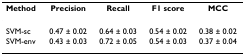
<table><thead><tr><td><b>Method</b></td><td><b>Precision</b></td><td><b>Recall</b></td><td><b>F1 score</b></td><td><b>MCC</b></td></tr></thead><tbody><tr><td>SVM-sc</td><td>0.47 ± 0.02</td><td>0.64 ± 0.03</td><td>0.54 ± 0.02</td><td>0.38 ± 0.02</td></tr><tr><td>SVM-env</td><td>0.43 ± 0.03</td><td>0.72 ± 0.05</td><td>0.54 ± 0.03</td><td>0.37 ± 0.04</td></tr></tbody></table>